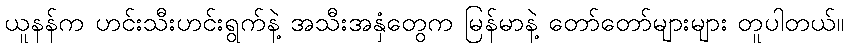
ယူနန်က ဟင်းသီးဟင်းရွက်နဲ့ အသီးအနှံတွေက မြန်မာနဲ့ တော်တော်များများ တူပါတယ်။